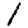
Digit: 1